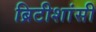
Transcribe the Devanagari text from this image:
ब्रिटीशांसी